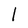
Character: l